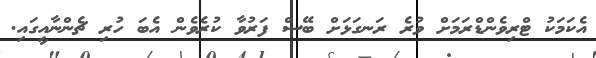
އެކަމަކު ޓްރިވެންޑްރަމަށް ވުރެ ރަނގަޅަށް ބޭސް ފަރުވާ ކުރެވެން އެބަ ހުރި ޗެންނާއީގައި.